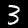
Label: 3